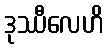
ဒုဿီလေဟိ